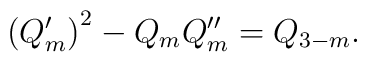
\left(Q'_m\right)^2 - Q_m Q''_m = Q_{3-m} .